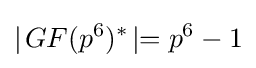
\mid \!GF(p^{6})^{*}\!\mid =p^{6}-1